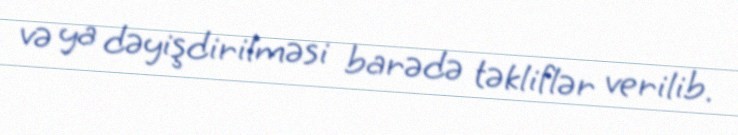
və ya dəyişdirilməsi barədə təkliflər verilib.